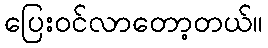
ပြေးဝင်လာတော့တယ်။